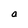
Character: a